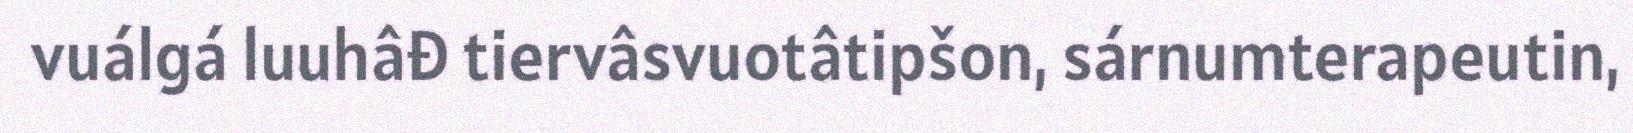
vuálgá luuhâđ tiervâsvuotâtipšon, sárnumterapeutin,